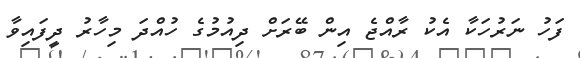
ފަހު ނަރުހަކާ އެކު ރާއްޖެ އިން ބޭރަށް ދިއުމުގެ ހުއްދަ މިހާރު ދީފައިވާ